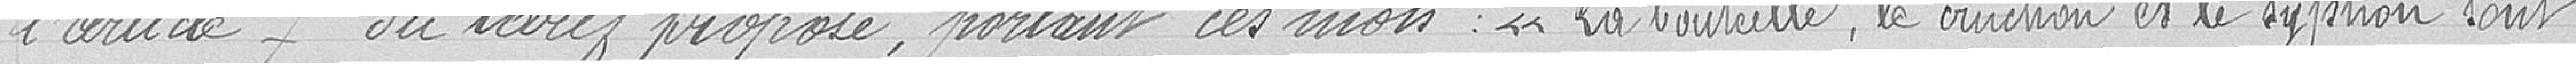
l'article 7 du tarif proposé, portant ces mots<< La bouteille, le cruchon est le syphon sont